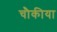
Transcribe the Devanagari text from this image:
चौकीया